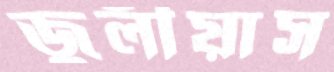
জুলীয়াস